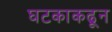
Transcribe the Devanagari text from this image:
घटकाकढून